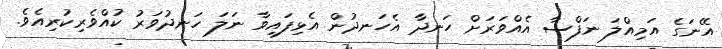
އޭނަގެ އަމިއްލަ ނަފްސާ އެއްވަރަށް ހަނދާ އެހަނދުން އެޅިފައިވާ ނަލަ ހަނދުވަރު ކުއްވެރިކުރިއެވެ.